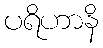
ပရိဟာနိ